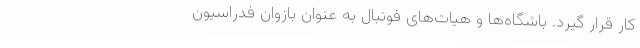
کار قرار گیرد. باشگاه‌ها و هیات‌های فوتبال به عنوان بازوان فدراسیون